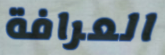
العرافة